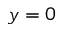
y = 0